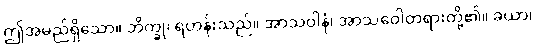
ဤအမည်ရှိသော။ ဘိက္ခု၊ ရဟန်းသည်။ အာသဝါနံ၊ အာသဝေါတရားတို့၏။ ခယာ၊